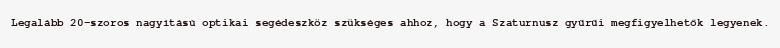
Legalább 20-szoros nagyítású optikai segédeszköz szükséges ahhoz, hogy a Szaturnusz gyűrűi megfigyelhetők legyenek.